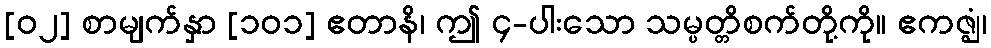
[၀၂] စာမျက်နှာ [၁၀၁] ဧတာနိ၊ ဤ ၄-ပါးသော သမ္ပတ္တိစက်တို့ကို။ ဧကဇ္ဈံ၊